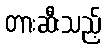
တားဆီးသည့်